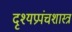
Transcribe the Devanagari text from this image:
दृश्यप्रपंचशास्त्र